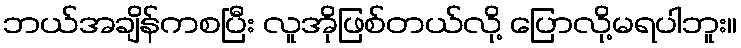
ဘယ်အချိန်ကစပြီး လူအိုဖြစ်တယ်လို့ ပြောလို့မရပါဘူး။